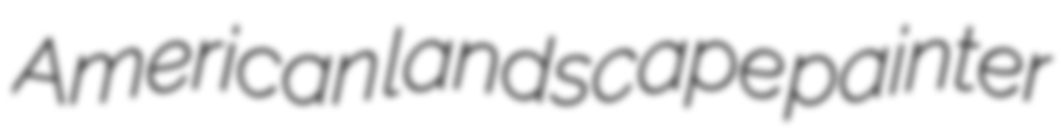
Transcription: American landscape painter